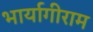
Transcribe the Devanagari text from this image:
भार्यागीराम